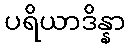
ပရိယာဒိန္နာ